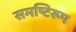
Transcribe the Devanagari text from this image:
समष्टिरूप